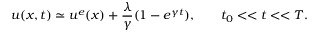
u ( x , t ) \simeq u ^ { e } ( x ) + \frac { \lambda } { \gamma } ( 1 - e ^ { \gamma t } ) , \qquad t _ { 0 } < < t < < T .